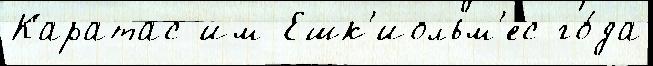
Каратас им Ешк'иольм'ес го́да